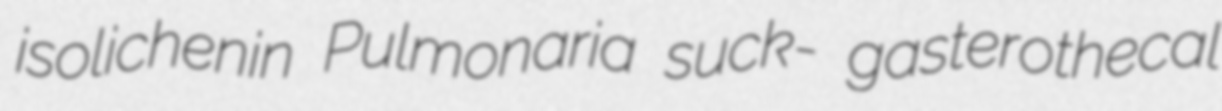
isolichenin Pulmonaria suck- gasterothecal